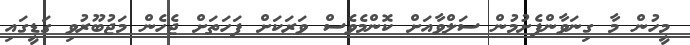
މީހުން މާ ގިނަވާންފެށުމުން ސަލްވާއަށް ކޮންމެވެސް ވަރަކަށް ފަހަތަށް ޖެހެން މަޖުބޫރުވި ގަޑީގައި